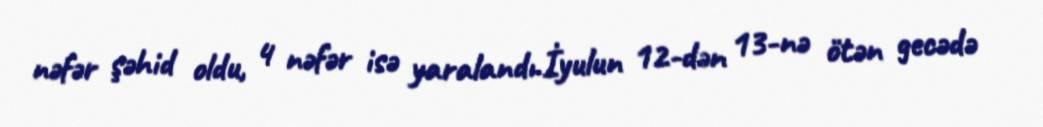
nəfər şəhid oldu, 4 nəfər isə yaralandı.İyulun 12-dən 13-nə ötən gecədə